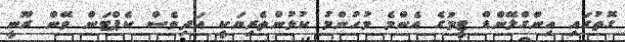
ގޮތުގައި އިންގްލޭންޑް ޓީމުގެ އެންމެ މުހުންމު ކުޅުންތެރިޔަކީ އަދިވެސް ކެޕްޓަން ވޭން ރޫނީ